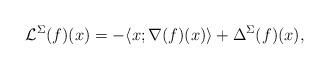
LaTeX: \begin{align*}\mathcal{L}^{\Sigma}(f)(x) = - \langle x ; \nabla(f)(x) \rangle + \Delta^{\Sigma}(f)(x),\end{align*}